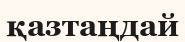
қазтаңдай